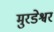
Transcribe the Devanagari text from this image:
मुरडेश्वर